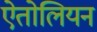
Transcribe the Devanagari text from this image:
ऐतोलियन